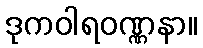
ဒုကဝါရဝဏ္ဏနာ။